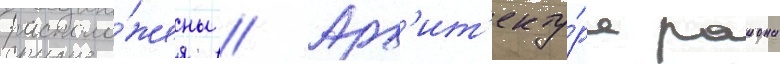
располо́жены // Арх'ит'екту́ра раиона